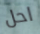
احل